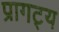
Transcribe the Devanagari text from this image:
प्रागट्य